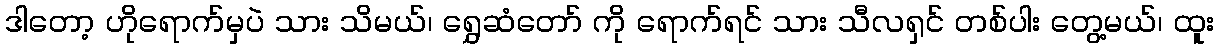
ဒါတော့ ဟိုရောက်မှပဲ သား သိမယ်၊ ရွှေဆံတော် ကို ရောက်ရင် သား သီလရှင် တစ်ပါး တွေ့မယ်၊ ထူး